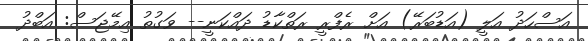
އަސްހަދު އަލީ (އަޑުބަރޭ) އަށް ރެފްރީ ރަތްކާޑު ދައްކަނީ-- ވަގުތު އިމޭޖަސް: އަބްދު